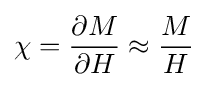
\chi ={\frac {\partial M}{\partial H}}\approx {\frac {M}{H}}